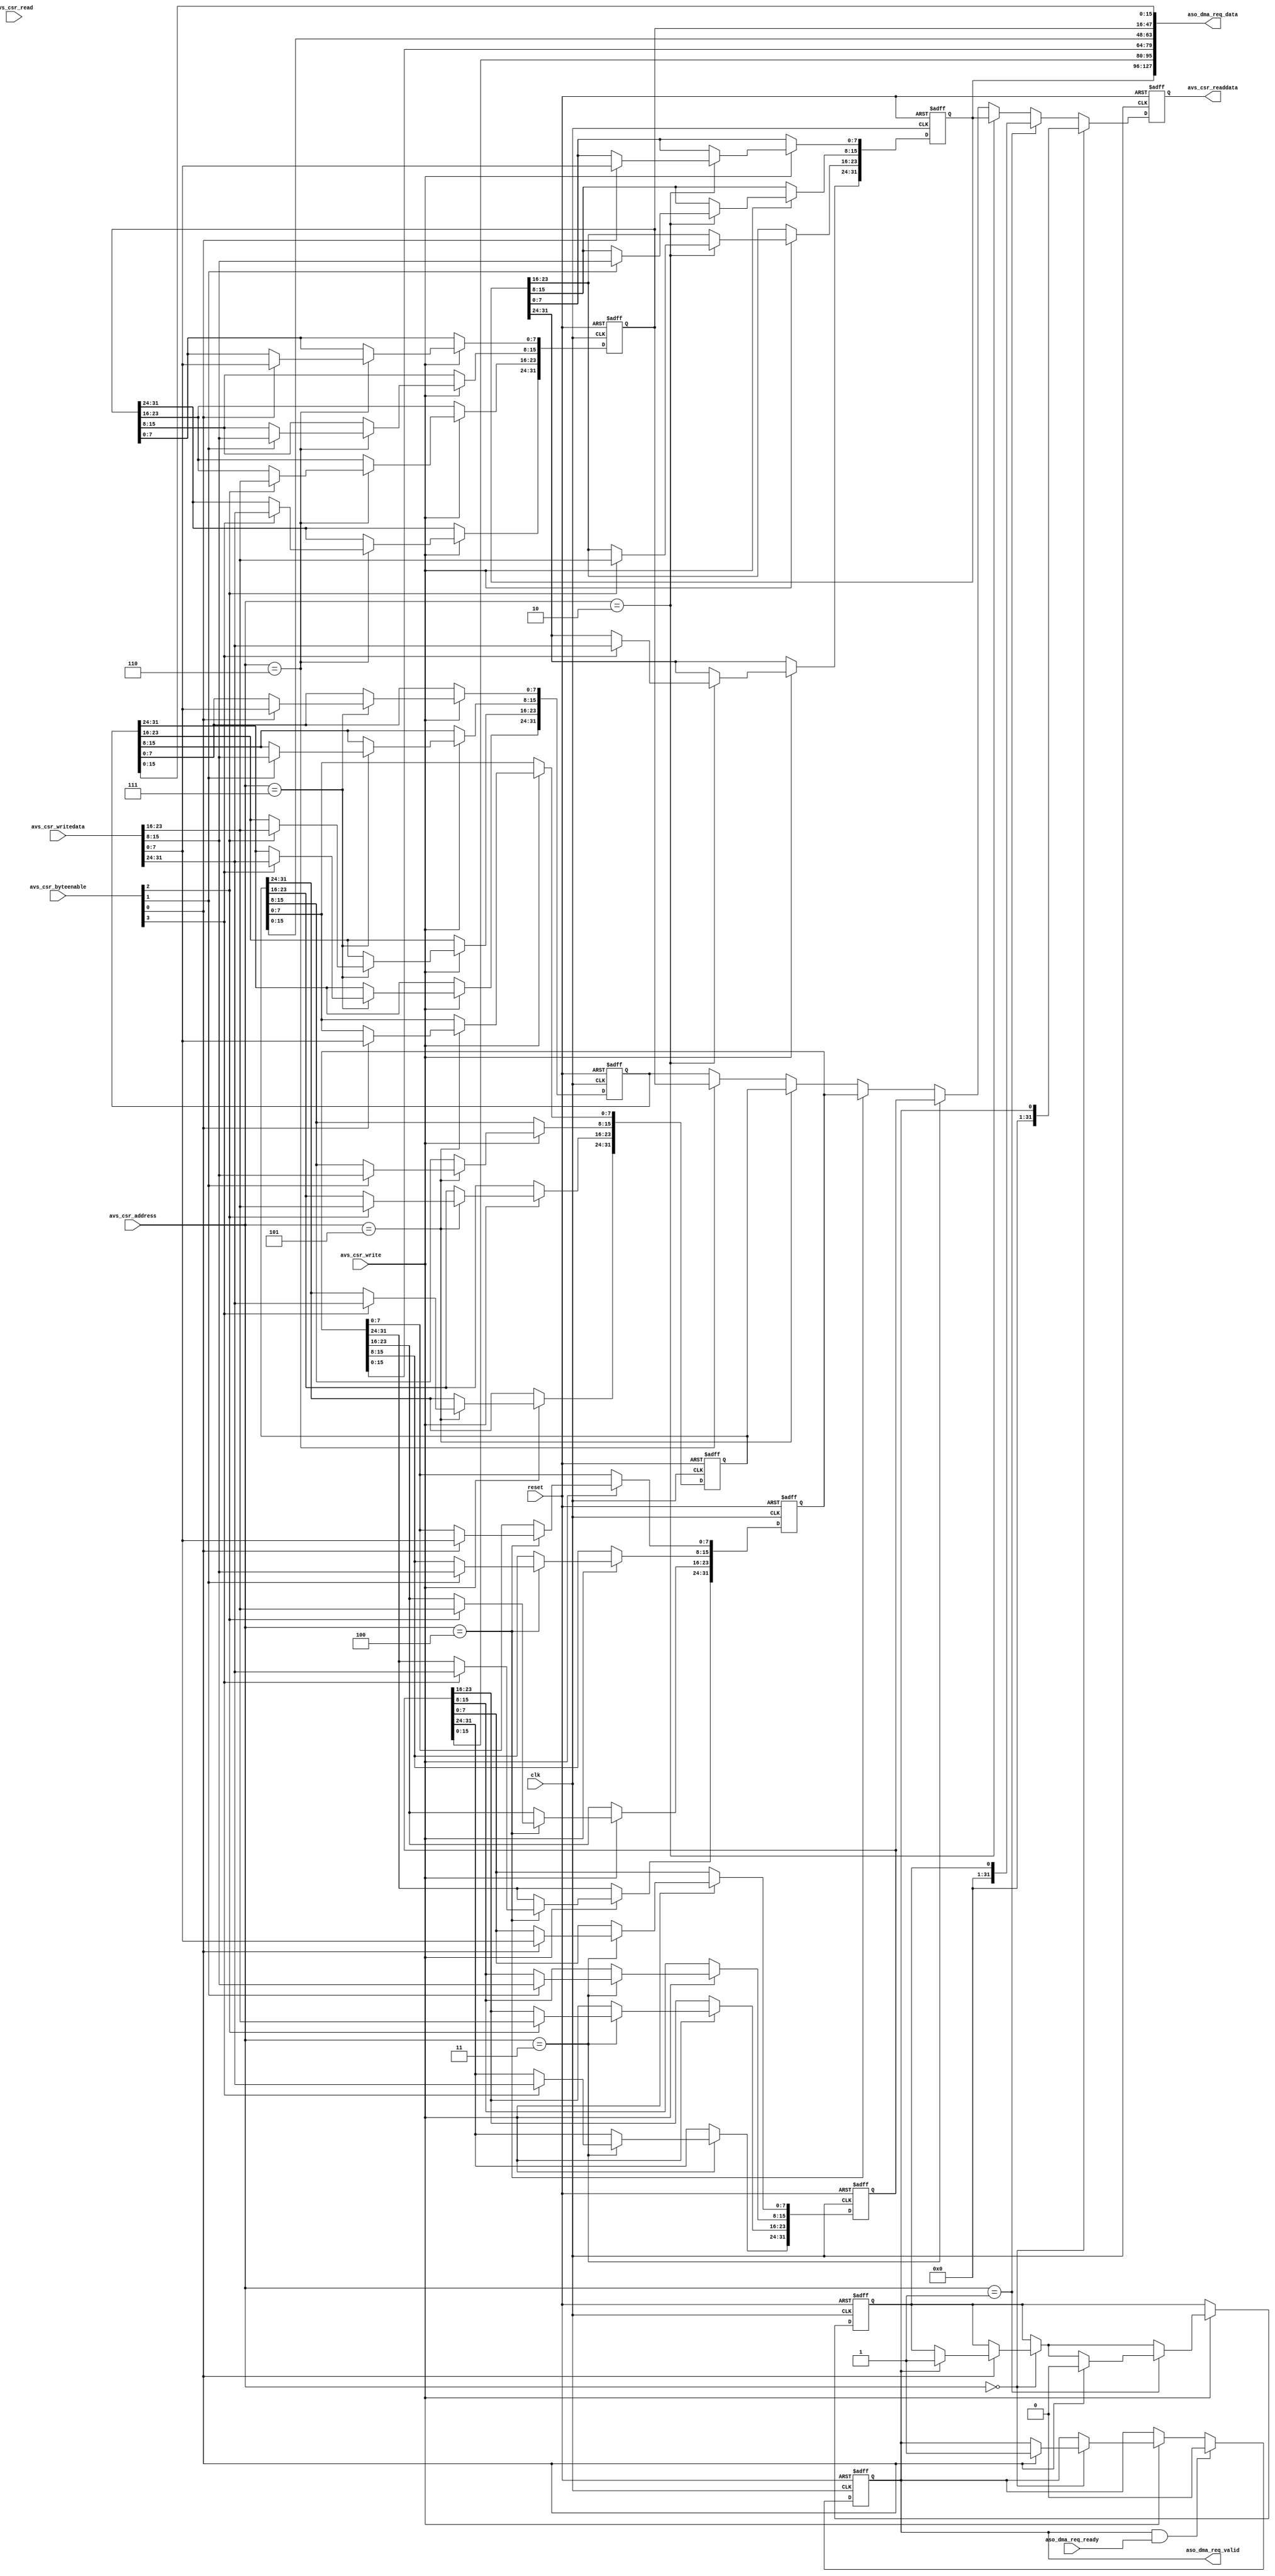
module issue_dma_descriptor (

	// clock and reset
	input 	wire 					clk,
	input 	wire 					reset,
	
	// car slave
	input		wire					avs_csr_read,
	input		wire					avs_csr_write,
	input		wire	[  2 : 0 ]	avs_csr_address,
	input		wire	[  3 : 0 ]	avs_csr_byteenable,
	input		wire	[ 31 : 0 ]	avs_csr_writedata,
	output	reg	[ 31 : 0 ]	avs_csr_readdata,
	
	// dma_request interface
	output 	wire	[ 127 : 0 ]	aso_dma_req_data,
	output	wire					aso_dma_req_valid,
	input		wire					aso_dma_req_ready
);

// register declarations
															// resister mapping into Avalon Slave CSR
reg					dma_request;					// Register 0  - byte address 0x00
reg					dma_request_overflow;		// Register 1	- byte address 0x04
reg	[ 31 : 0 ]	f2h_dma_write_address;		// Register 2  - byte address 0x08
reg	[ 31 : 0 ]	f2h_dma_read_address;		// Register 3  - byte address 0x0C
reg	[ 31 : 0 ]	f2h_dma_length;				// Register 4  - byte address 0x10
reg	[ 31 : 0 ]	h2f_dma_write_address;		// Register 5  - byte address 0x14
reg	[ 31 : 0 ]	h2f_dma_read_address;		// Register 6  - byte address 0x18
reg	[ 31 : 0 ]	h2f_dma_length;				// Register 7 	- byte address 0x1C

// wire declarations

wire	[ 31 : 0 ] csr_readdata;

// assignments

assign aso_dma_req_data = { f2h_dma_write_address, f2h_dma_read_address[ 15 : 0 ], f2h_dma_length[ 15 : 0 ], h2f_dma_write_address[ 15 : 0 ], h2f_dma_read_address, h2f_dma_length[ 15 : 0 ] };

assign aso_dma_req_valid = dma_request;

assign csr_readdata = 	( avs_csr_address == 3'h0 ) ?
									( { { 31 { 1'b0 }}, dma_request } ) :
								( avs_csr_address == 3'h1 ) ?
									( { { 31 { 1'b0 }}, dma_request_overflow } ) :
								( avs_csr_address == 3'h2 ) ?
									( f2h_dma_write_address ) :
								( avs_csr_address == 3'h3 ) ?
									( f2h_dma_read_address ) :
								( avs_csr_address == 3'h4 ) ?
									( f2h_dma_length ) :
								( avs_csr_address == 3'h5 ) ?
									( h2f_dma_write_address ) :
								( avs_csr_address == 3'h6 ) ?
									( h2f_dma_read_address ) :
									( h2f_dma_length );

always @ ( posedge clk or posedge reset ) begin
	if( reset ) begin
	
		dma_request					<= 0;
		dma_request_overflow		<= 0;
		f2h_dma_write_address	<= 0;
		f2h_dma_read_address		<= 0;
		f2h_dma_length				<= 0;
		h2f_dma_write_address	<= 0;
		h2f_dma_read_address		<= 0;
		h2f_dma_length				<= 0;
		avs_csr_readdata			<= 0;
		
	end else begin
		
		avs_csr_readdata <= csr_readdata;
		
		if( avs_csr_write ) begin
			if( avs_csr_address == 3'h0 ) begin
				if( avs_csr_byteenable[0] ) begin
					if( dma_request == 0) begin
						dma_request <= 1;
					end else begin
						dma_request_overflow <= 1;
					end
				end
			end
			if( avs_csr_address == 3'h1 ) begin
				if( avs_csr_byteenable[0] ) begin
					dma_request_overflow <= 0;
				end
			end
			if( avs_csr_address == 3'h2 ) begin
				if( avs_csr_byteenable[0] ) begin
					f2h_dma_write_address[ 7 : 0 ] <= avs_csr_writedata[ 7: 0 ];
				end
				if( avs_csr_byteenable[1] ) begin
					f2h_dma_write_address[ 15 : 8 ] <= avs_csr_writedata[ 15 : 8 ];
				end
				if( avs_csr_byteenable[2] ) begin
					f2h_dma_write_address[ 23 : 16 ] <= avs_csr_writedata[ 23 : 16 ];
				end
				if( avs_csr_byteenable[3] ) begin
					f2h_dma_write_address[ 31 : 24 ] <= avs_csr_writedata[ 31 : 24 ];
				end
			end
			if( avs_csr_address == 3'h3 ) begin
				if( avs_csr_byteenable[0] ) begin
					f2h_dma_read_address[ 7 : 0 ] <= avs_csr_writedata[ 7: 0 ];
				end
				if( avs_csr_byteenable[1] ) begin
					f2h_dma_read_address[ 15 : 8 ] <= avs_csr_writedata[ 15 : 8 ];
				end
				if( avs_csr_byteenable[2] ) begin
					f2h_dma_read_address[ 23 : 16 ] <= avs_csr_writedata[ 23 : 16 ];
				end
				if( avs_csr_byteenable[3] ) begin
					f2h_dma_read_address[ 31 : 24 ] <= avs_csr_writedata[ 31 : 24 ];
				end
			end
			if( avs_csr_address == 3'h4 ) begin
				if( avs_csr_byteenable[0] ) begin
					f2h_dma_length[ 7 : 0 ] <= avs_csr_writedata[ 7: 0 ];
				end
				if( avs_csr_byteenable[1] ) begin
					f2h_dma_length[ 15 : 8 ] <= avs_csr_writedata[ 15 : 8 ];
				end
				if( avs_csr_byteenable[2] ) begin
					f2h_dma_length[ 23 : 16 ] <= avs_csr_writedata[ 23 : 16 ];
				end
				if( avs_csr_byteenable[3] ) begin
					f2h_dma_length[ 31 : 24 ] <= avs_csr_writedata[ 31 : 24 ];
				end
			end
			if( avs_csr_address == 3'h5 ) begin
				if( avs_csr_byteenable[0] ) begin
					h2f_dma_write_address[ 7 : 0 ] <= avs_csr_writedata[ 7: 0 ];
				end
				if( avs_csr_byteenable[1] ) begin
					h2f_dma_write_address[ 15 : 8 ] <= avs_csr_writedata[ 15 : 8 ];
				end
				if( avs_csr_byteenable[2] ) begin
					h2f_dma_write_address[ 23 : 16 ] <= avs_csr_writedata[ 23 : 16 ];
				end
				if( avs_csr_byteenable[3] ) begin
					h2f_dma_write_address[ 31 : 24 ] <= avs_csr_writedata[ 31 : 24 ];
				end
			end
			if( avs_csr_address == 3'h6 ) begin
				if( avs_csr_byteenable[0] ) begin
					h2f_dma_read_address[ 7 : 0 ] <= avs_csr_writedata[ 7: 0 ];
				end
				if( avs_csr_byteenable[1] ) begin
					h2f_dma_read_address[ 15 : 8 ] <= avs_csr_writedata[ 15 : 8 ];
				end
				if( avs_csr_byteenable[2] ) begin
					h2f_dma_read_address[ 23 : 16 ] <= avs_csr_writedata[ 23 : 16 ];
				end
				if( avs_csr_byteenable[3] ) begin
					h2f_dma_read_address[ 31 : 24 ] <= avs_csr_writedata[ 31 : 24 ];
				end
			end
			if( avs_csr_address == 3'h7 ) begin
				if( avs_csr_byteenable[0] ) begin
					h2f_dma_length[ 7 : 0 ] <= avs_csr_writedata[ 7: 0 ];
				end
				if( avs_csr_byteenable[1] ) begin
					h2f_dma_length[ 15 : 8 ] <= avs_csr_writedata[ 15 : 8 ];
				end
				if( avs_csr_byteenable[2] ) begin
					h2f_dma_length[ 23 : 16 ] <= avs_csr_writedata[ 23 : 16 ];
				end
				if( avs_csr_byteenable[3] ) begin
					h2f_dma_length[ 31 : 24 ] <= avs_csr_writedata[ 31 : 24 ];
				end
			end
		end
		
		if( aso_dma_req_valid & aso_dma_req_ready ) begin
			dma_request <= 0;
		end
	end
end

endmodule